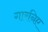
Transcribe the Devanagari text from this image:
गारनिए